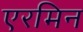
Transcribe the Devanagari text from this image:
एरमिन